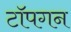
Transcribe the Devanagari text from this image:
टॉपगन